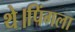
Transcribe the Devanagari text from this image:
थे।पिंगला